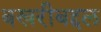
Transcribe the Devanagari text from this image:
बखरीबद्दल